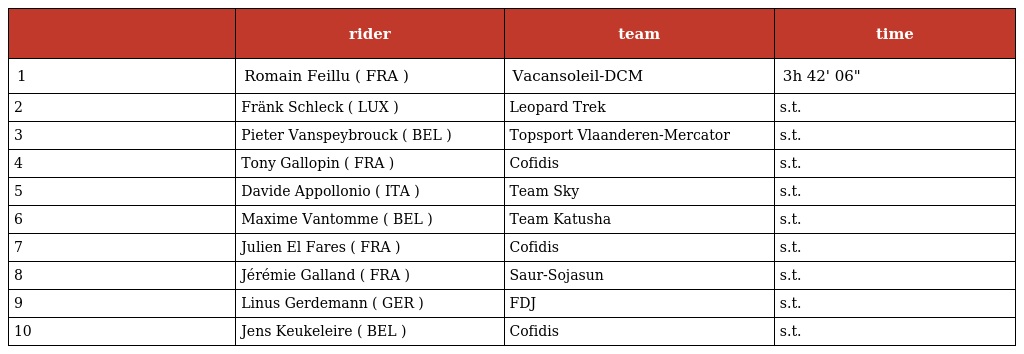
|  | rider | team | time |
 | --- | --- | --- | --- |
 | 1 | Romain Feillu ( FRA ) | Vacansoleil-DCM | 3h 42' 06" |
 | 2 | Fränk Schleck ( LUX ) | Leopard Trek | s.t. |
 | 3 | Pieter Vanspeybrouck ( BEL ) | Topsport Vlaanderen-Mercator | s.t. |
 | 4 | Tony Gallopin ( FRA ) | Cofidis | s.t. |
 | 5 | Davide Appollonio ( ITA ) | Team Sky | s.t. |
 | 6 | Maxime Vantomme ( BEL ) | Team Katusha | s.t. |
 | 7 | Julien El Fares ( FRA ) | Cofidis | s.t. |
 | 8 | Jérémie Galland ( FRA ) | Saur-Sojasun | s.t. |
 | 9 | Linus Gerdemann ( GER ) | FDJ | s.t. |
 | 10 | Jens Keukeleire ( BEL ) | Cofidis | s.t. |